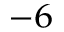
^ { - 6 }